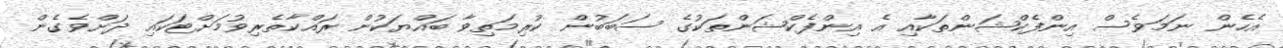
އެހެން ނަމަވެސް އިންފެކްޝަންތަކާއި އެ އިންފެކްޝަންތަކުގެ ސަބަބުން ކުރިމަތިވާ ބައްޔަކުން ރައްކާތެރިވުމަށްޓަކައި ދަށްވެގެން